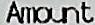
AMOUNT